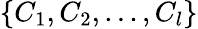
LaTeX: \{ C_{1},C_{2},...,C_{l}\}